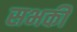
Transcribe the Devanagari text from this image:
सभकी